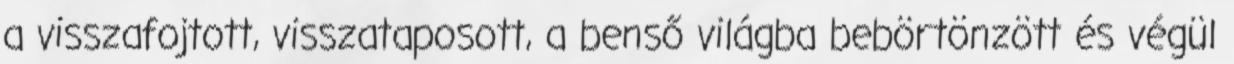
a visszafojtott, visszataposott, a benső világba bebörtönzött és végül